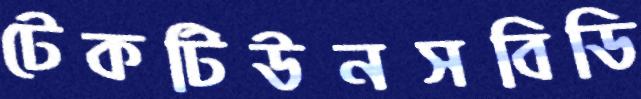
টেকটিউনসবিডি